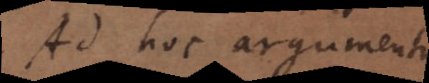
Ad hoc argumentum